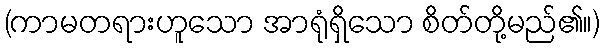
(ကာမတရားဟူသော အာရုံရှိသော စိတ်တို့မည်၏။)